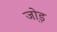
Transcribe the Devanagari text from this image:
जो़ड़